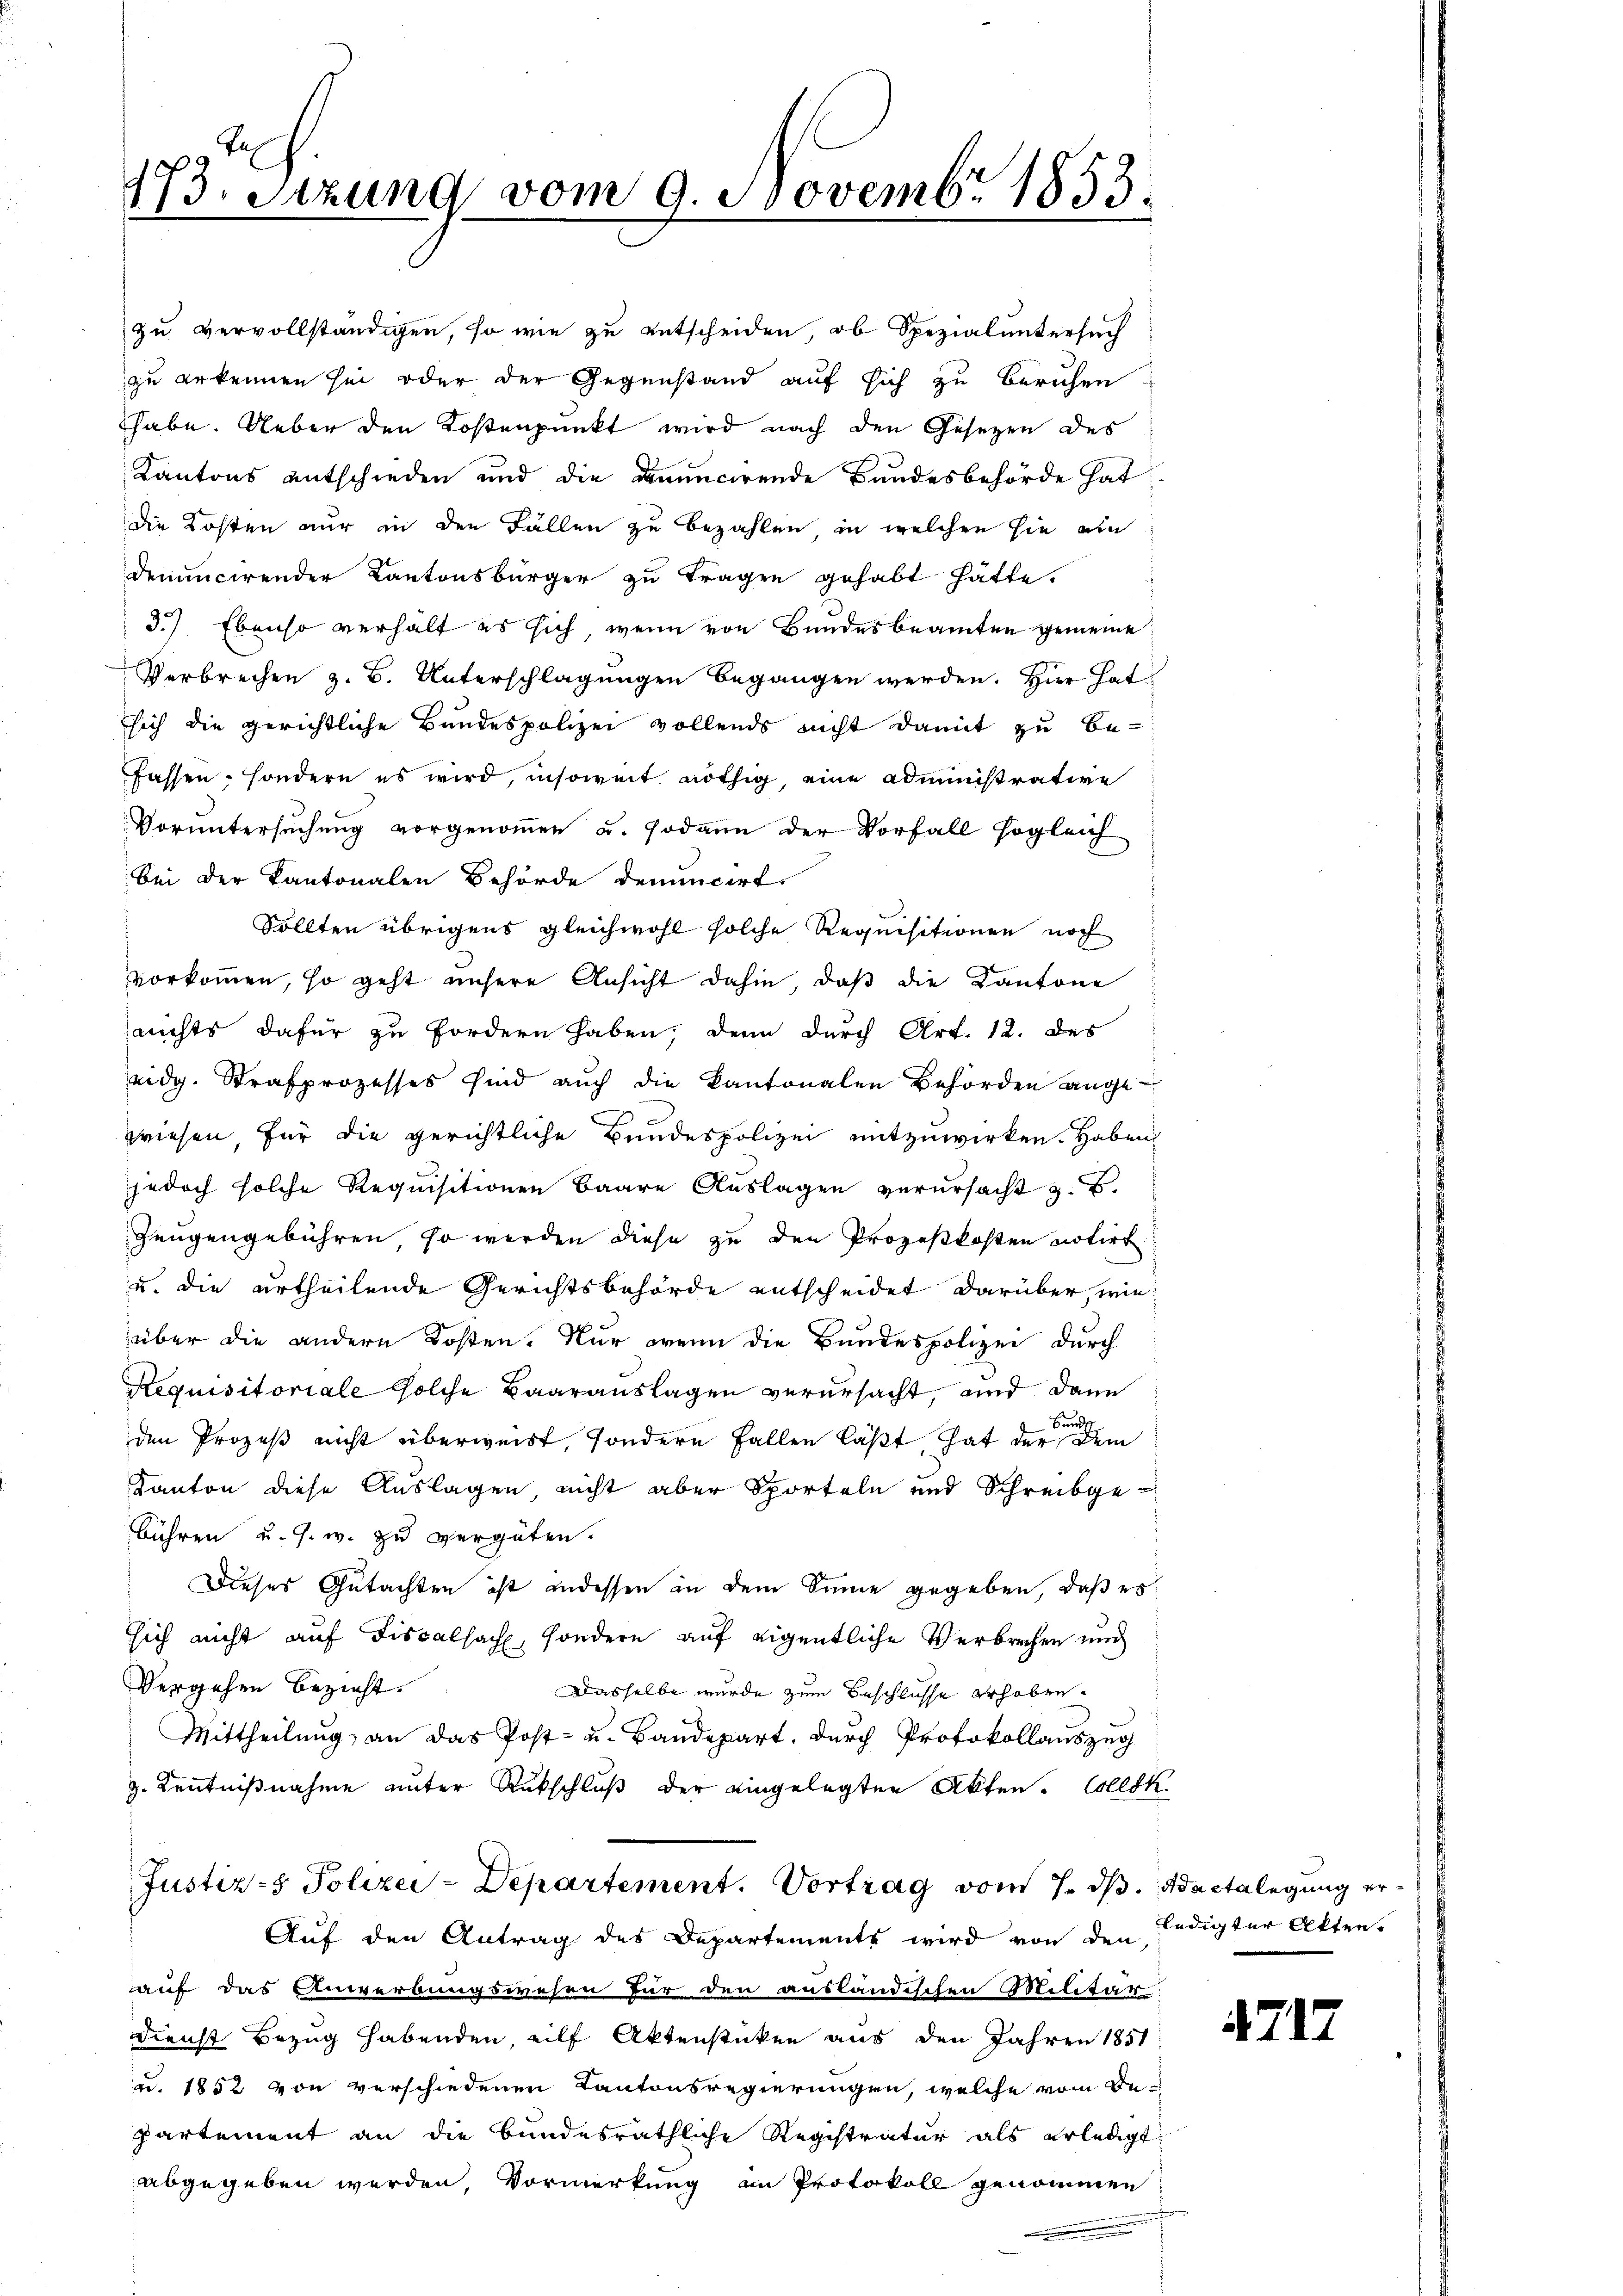
173. Sitzung vom 9. Novembr 1853.

denuncirender Kantonsbürger zu tragen gehabt hätte.
3.) Ebenso verhält es sich, wenn von Bundesbeamten gemeine
Verbrechen z. B. Unterschlagungen begangen werden. Hier hat
sich die gerichtliche Bundespolizei vollends nicht damit zu befassen, sondern es wird, insoweit nöthig, eine administrative
Voruntersuchung vorgenommen u. sodann der Vorfall sogleich
bei der Kantonalen Behörde denuncirt.
Sollten übrigens gleichwohl solche Requisitionen noch
vorkommen, so geht unsere Ansicht dahin, daß die Kantone
nichts dafür zu fordern haben, denn durch Art. 12. des
eidg. Strafprozesses sind aŭch die Kantonalen Behörden ange-
wiesen für die gerichtliche Bundespolizei mitzuwirken. Haben
jedoch solche Requisitionen baare Auslagen verursacht z. B.
Zeugengebühren, so werden diese zu den Prozeßkosten notirt
u. die urtheilende Gerichtsbehörde entscheidet darüber, wie
über die andern Kosten. Nur wenn die Bundespolizei durch
Stequisitoriale solche Baarauslagen verursacht, und dann
Bund
den Prozeß nicht überweist, sondern Fallen läßt hat der Dem
Kanton diese Auslagen, nicht aber Sporteln und Schreibgebühren u. s. w. zu vergüten.
Dieses Gutachten ist indessen an dem Sinne gegeben, daß es
sich nicht auf Fiscalsach, sondern auf eigentliche Verbrechen und
Vergehen bezieht.
Dasselbe wurde zum Beschlüsse erhoben.
Mittheilung, an das Post- u. Bandepart. Durch Protokollauszug
z. Kenntnißnahme unter Rückschluß der eingelegten Akten. Collek
Justiz- & Polizei-Departement. Vortrag vom 7. ds. Auctalegung er¬
Aŭf den Antrag des Departements wird von den ledigter Akten.
auf das Anwerbungswesen für den ausländischen Militär
Dienst Bezug habenden, eilf Aktenstücken aus den Jahren 1851
u. 1852 von verschiedenen Kantonsregierungen, welche vom De-
partement an die bundesräthliche Registratur als erledigt
abgegeben werden, Vormerkung an Protokoll genommen

zu vervollständigen, so wie zu entscheiden, ob Spezialuntersuch
zu erkennen sei oder der Gegenstand auf sich zu beruhen.
habe. Ueber den Kostenpunkt wird nach den Gesetzen des
Kantons entschieden und die denuncirende Bundesbehörde hat
die Kosten nur in den Fällen zu bezahlen, in welchen sie ein

fr

4717